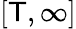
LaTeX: [\mathsf{T},\infty]